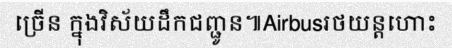
ច្រើន ក្នុងវិស័យដឹកជញ្ជូន៕Airbusរថយន្តហោះ